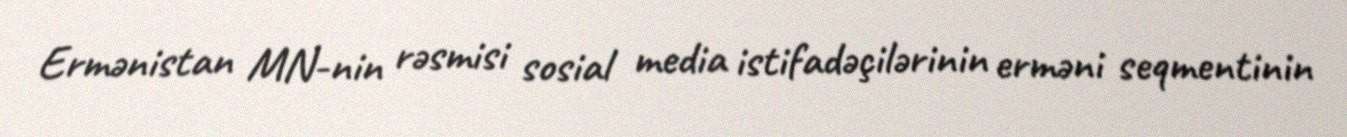
Ermənistan MN-nin rəsmisi sosial media istifadəçilərinin erməni seqmentinin